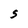
Character: S